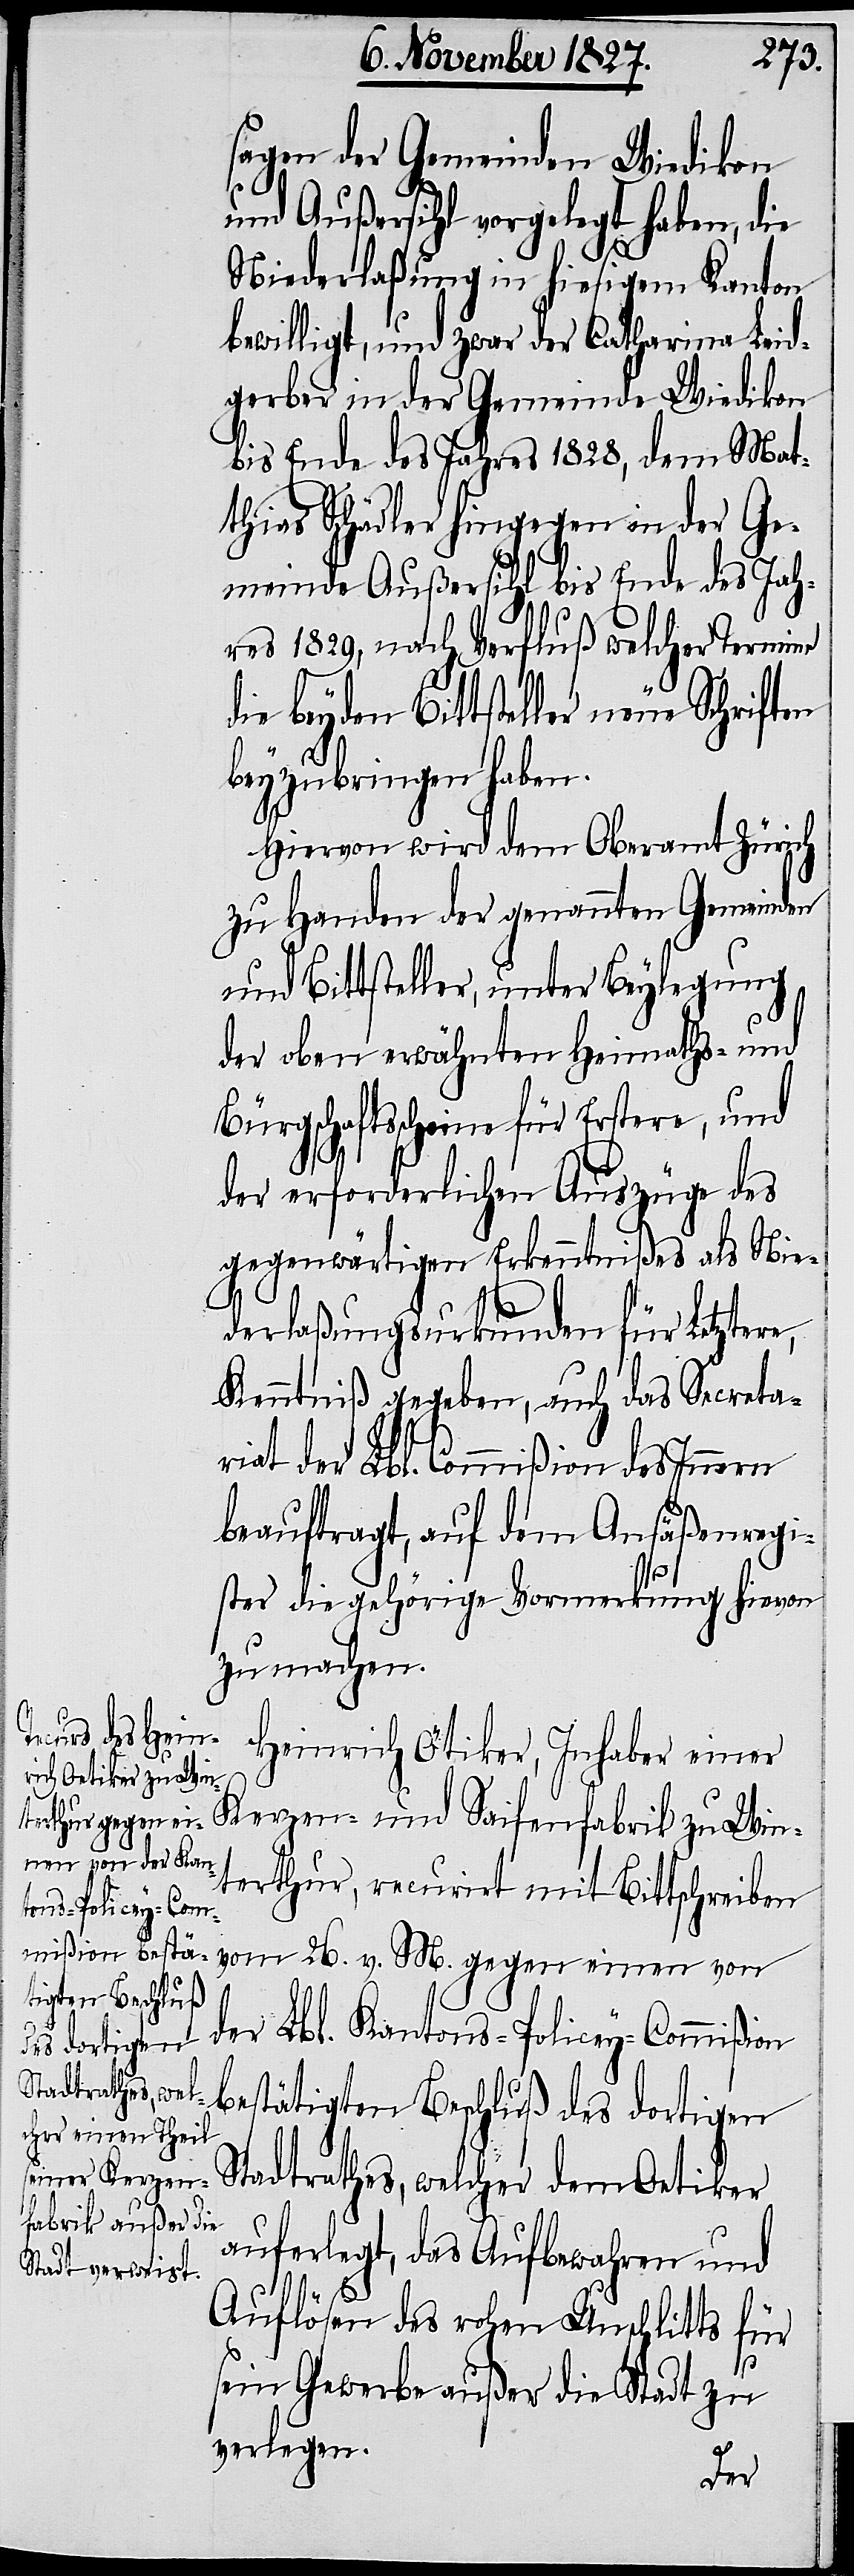
sagen der Gemeinden Wiedikon
26.
und Außersihl vorgelegt haben, die
Niederlaßung in hiesigem Kanton
bewilligt, und zwar der Catharina Leid¬
gerber in der Gemeinde Wiedikon
bis Ende des Jahres 1828, dem Mat¬
thias Schädler hingegen in der Ge¬
meinde Außersihl bis Ende des Jah¬
res 1829, nach Verfluß welcher Termine
die beyden Bittsteller neue Schrift¬
beyzubringen haben.
Hiervon wird dem Oberamt Zürich
zu Handen der genannten Gemeinden
und Bittsteller, unter Beylegung
der oben erwähnten Heimaths- und
Bürgschaftsscheine für Erstere, und
der erforderlichen Auszüge des
gegenwärtigen Erkenntnißes als Nie¬
derlaßungsurkunden für Letztere,
Kenntniß gegeben, auch das Secreta¬
riat der Lbl. Commißion des Innern
beauftragt, auf dem Ansäßenregi¬
ster die gehörige Vormerkung hievon
zu machen.
Heinrich Ötiker, Inhaber einer
Kerzen- und Seifenfabrik zu Win¬
terthur, recurrirt mit Bittschreiben
v.
der Lbl. Kantons-Policey-Commißion
bestätigten Beschluß des dortigen
Stadtrathes, welcher dem Oetiker
auferlegt, das Aufbewahren und
Auflösen des rohen Unschlitts für
sein Gewerbe außer die Stadt zu
verlegen.